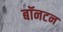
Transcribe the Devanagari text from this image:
बॉनटन